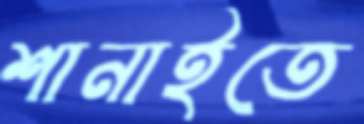
শানাইতে